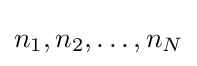
n_{1},n_{2},\ldots ,n_{N}